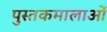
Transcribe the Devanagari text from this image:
पुस्तकमालाओं